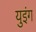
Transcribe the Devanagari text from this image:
युइंग